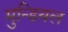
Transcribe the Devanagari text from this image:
मुन्डियल